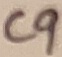
Text: C9